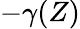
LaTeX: -\gamma(Z)